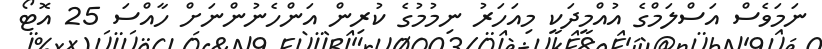
ނަމަވެސް އަސްލަމްގެ އުއްމީދަކީ މިއަހަރު ނިމުމުގެ ކުރިން އަންހެނުންނަށް ހާއްސަ 25 އޮޓޯ